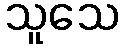
သူသေ